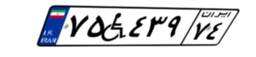
۷۵W۴۳۹۷۴